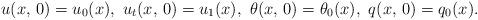
LaTeX: \begin{align*}u(x,\,0) = u_{0}(x),\, \, u_{t}(x,\,0)=u_{1}(x),\, \, \theta(x,\,0) = \theta_{0}(x),\, \, q(x,\,0) = q_{0}(x).\end{align*}